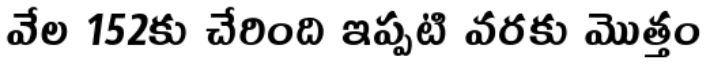
వేల 152కు చేరింది ఇప్పటి వరకు మొత్తం